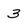
Character: 3